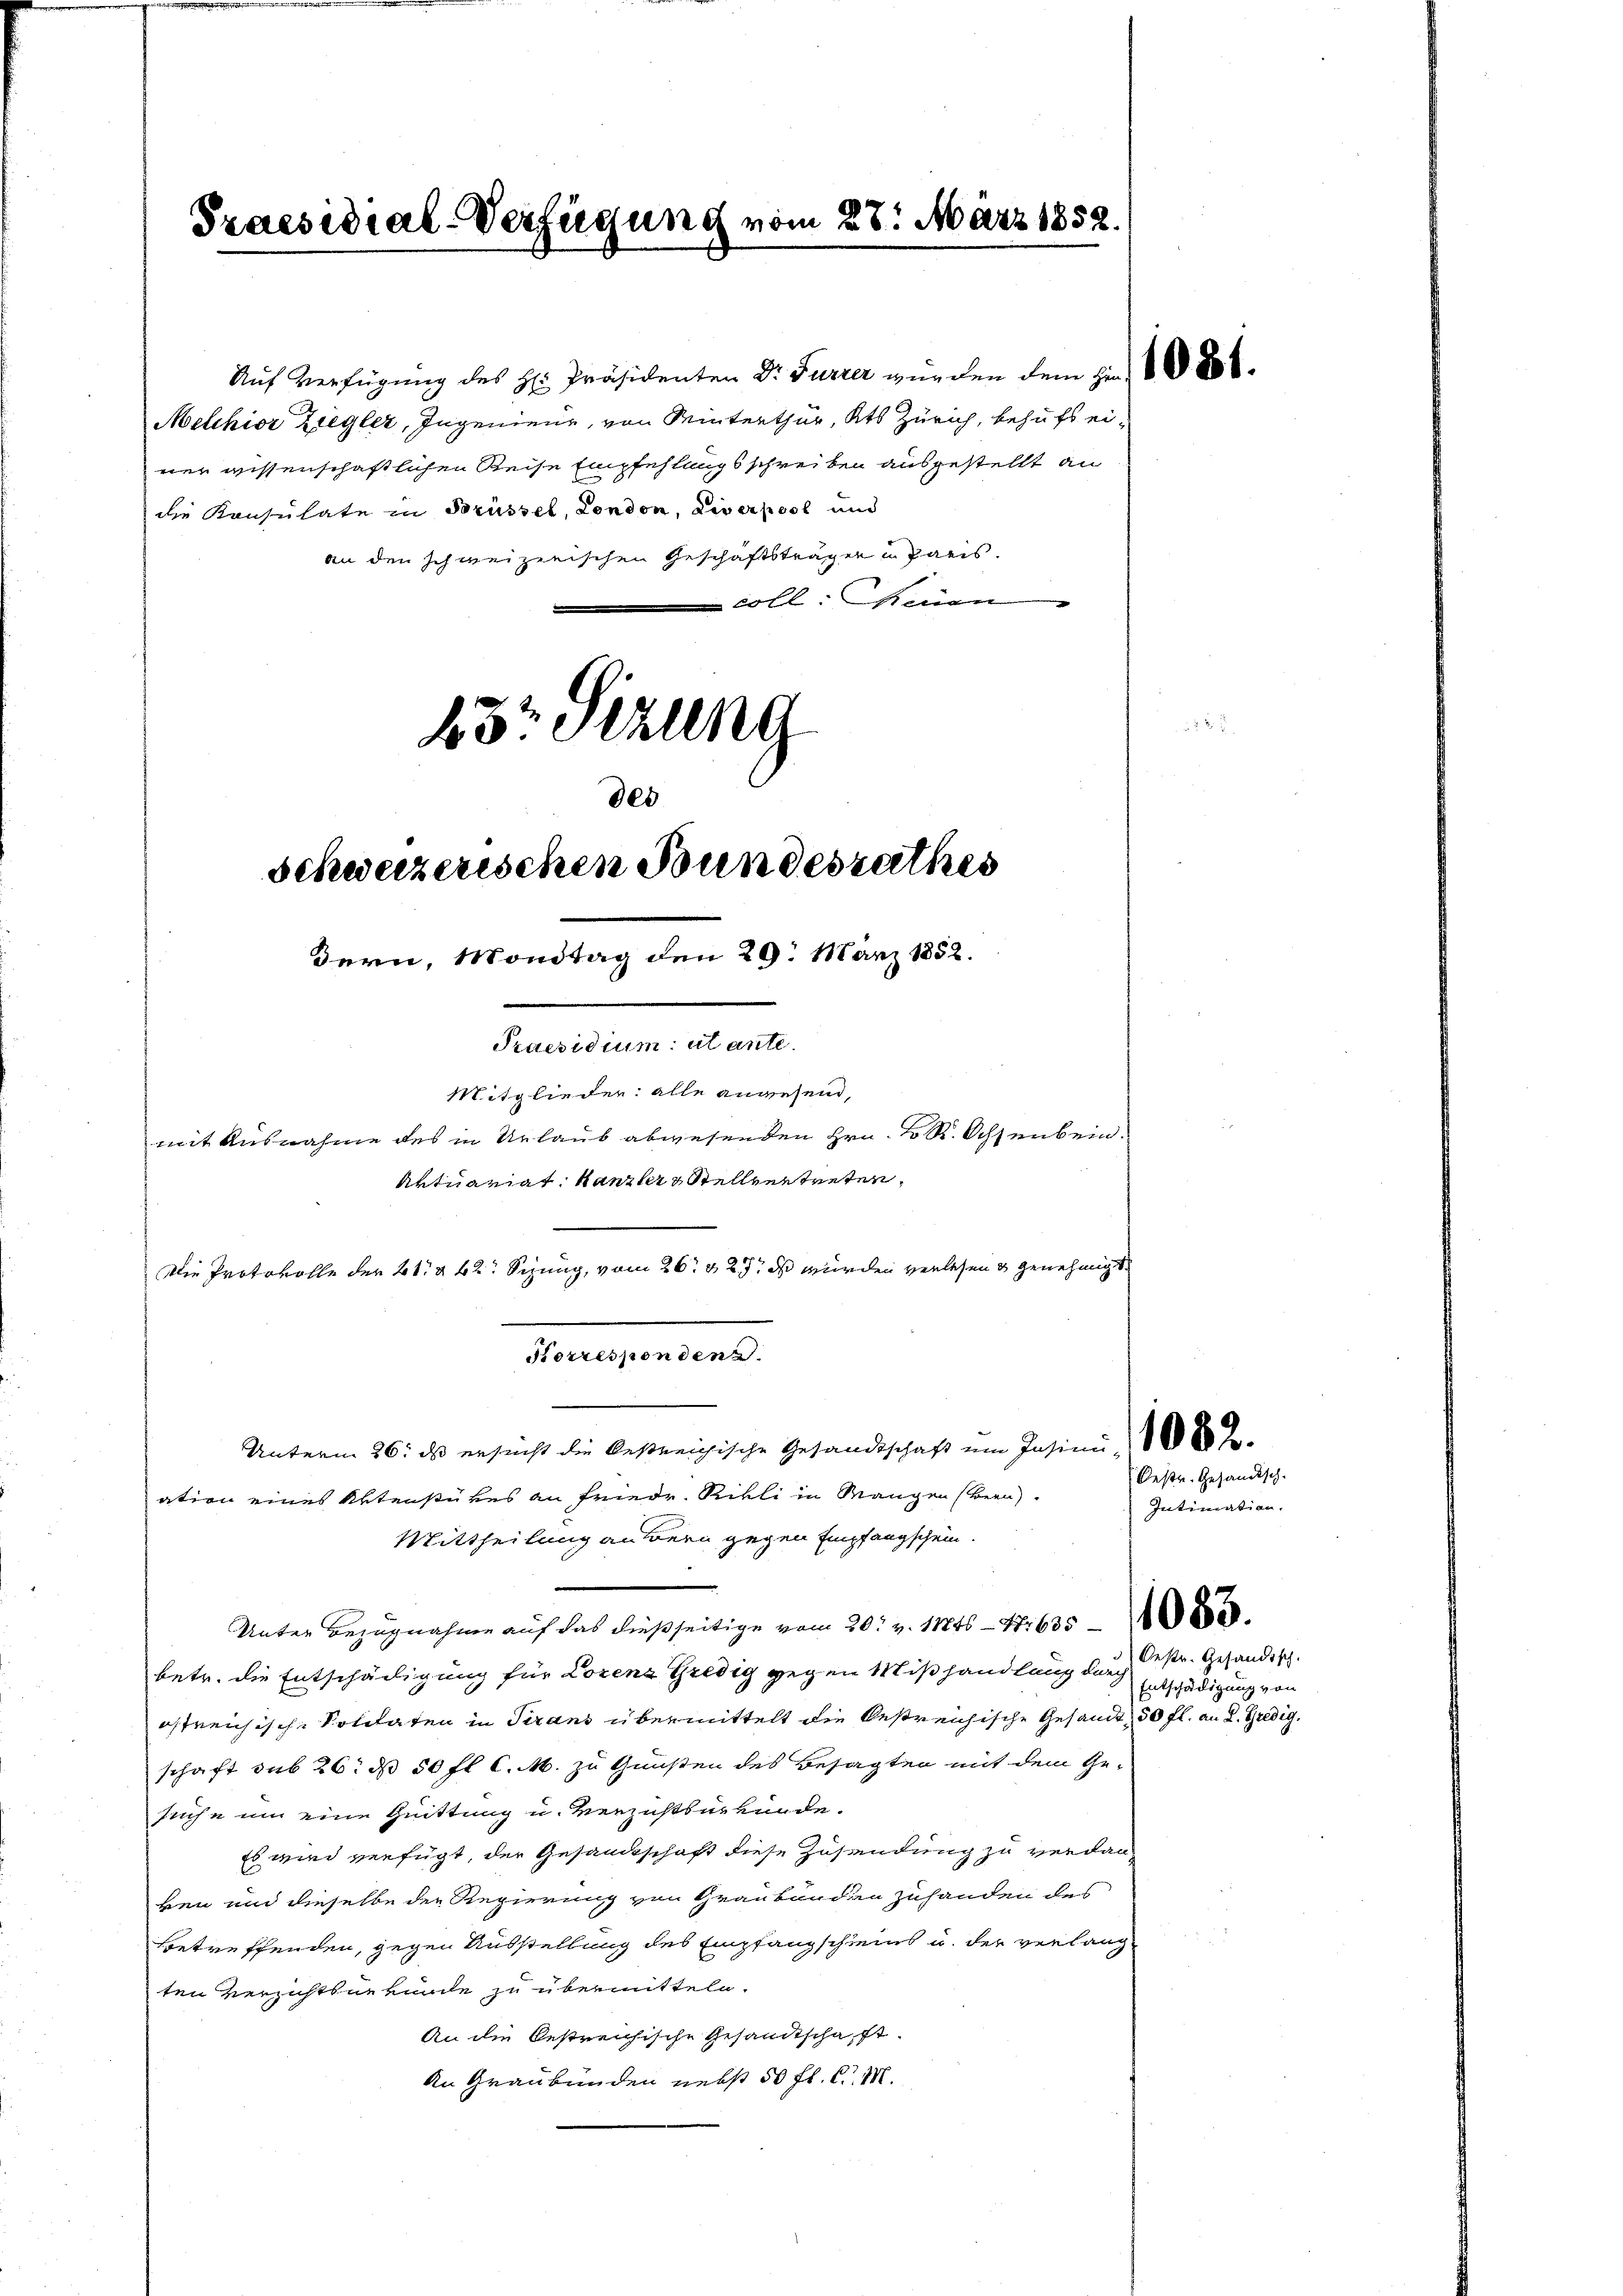
Praesidial-Verfügung vom 28. März 1852.

Auf Verfügung des H: Präsidenten Dr Furrer wurden dem zu 800.
Melchior Ziegler, Ingenieur, von Winterthur, Kts Zürich, behufs einer wissenschaftlichen Reise Empfehlungsschreiben ausgestellt an
die Konsulate in Brüssel, London, Liverpool und
an den schweizerischen Geschäftsträger u Paris.
 Coll. Neuen
23 Stzung

Feurementens
Unterm 26. ds ersucht die bestreichische Gesandtschaft um Insinn de

des
Schweizerischen Bundesrathes
dern, Mondtag den 29. März 1852.
Praesidium et ante
Mitglieder: alle angesend,
mit Ausnahme des in Urlaub abwesenden Hrn. K. R. Ochsenbein.
Aktuariat Kanzler Stellvertreten,
Die Protokolle der 21 § 42 Sizung, vom 26. & 27. ds wurden verlesen & genehmigt.

ation eines Aktenstückes an Friedr. Rikli in Mangen (Bern
Mittheilung an Bern gegen Empfangschein.
Unter Bezugnahme auf das dießseitige vom 20t v. 11846 - Nr 635
betr. die Entschädigung für Lorenz Gredig gegen Mißhandlung durch
offrenische Solitaten in Trans übermittelt die Oestreichische Gesandt 50 fl. an K. Predig,
schaft sub 26. ds 50 fl C.M. zu Gunsten des Besagten mit dem Ge-
suche um eine Quittung u. Verzichtsurkunde.
Es wird verfügt, der Gesandtschaft diese Zusendung zu verdan-
ken und dieselbe der Regierung von Graubünden zuhanden des
Betreffenden, gegen Ausstellung des Empfangschreins u. der verlangten Verzichtsurkunde zu übermitteln.
An die bestreichische Gesandtschaft.
An Graubünden nebst 50 fl. C. M.

Oestr. Gesandtsch.
Intimation.

Oestr. Gesandisch.
Entschädigung von